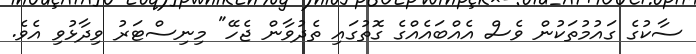
ސާކުގެ ގައުމުތަކުން ވެސް އެއްބައެއްގެ ގޮތުގައި ތެދުވާން ޖެހޭ" މިނިސްޓަރު ވިދާޅުވި އެވެ.